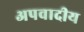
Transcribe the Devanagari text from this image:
अपवादीय